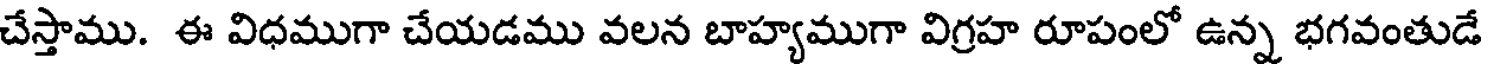
చేస్తాము. ఈ విధముగా చేయడము వలన బాహ్యముగా విగ్రహ రూపంలో ఉన్న భగవంతుడే